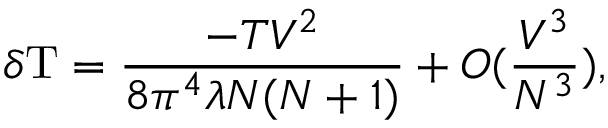
\delta \mathrm { T } = \frac { - T V ^ { 2 } } { 8 \pi ^ { 4 } \lambda N ( N + 1 ) } + { \cal O } ( \frac { V ^ { 3 } } { N ^ { 3 } } ) ,